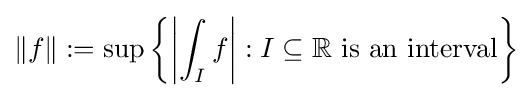
\|f\|:=\sup \left\{\left|\int _{I}f\right|:I\subseteq \mathbb {R} {\text{ is an interval}}\right\}